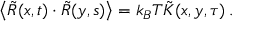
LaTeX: \left\langle \tilde { R } ( x , t ) \cdot \tilde { R } ( y , s ) \right\rangle = k _ { B } T \tilde { K } ( x , y , \tau ) \, .